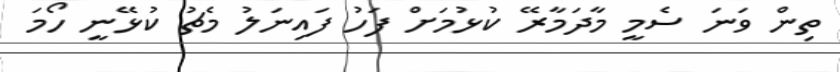
ތިން ވަނަ ސެމީ މާދަމާރޭ ކުޅުމަށް ފަހު ފައިނަލު މެޗު ކުޅޭނީ ހޯމަ